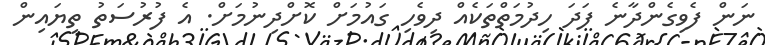
ނަން ފެވިގެންދާނެ ފަދަ ހިދުމަތްތަކެއް ދިވެހި ގައުމަށް ކޮށްދިނުމަށް. އެ ފުރުސަތު ތިޔައިން